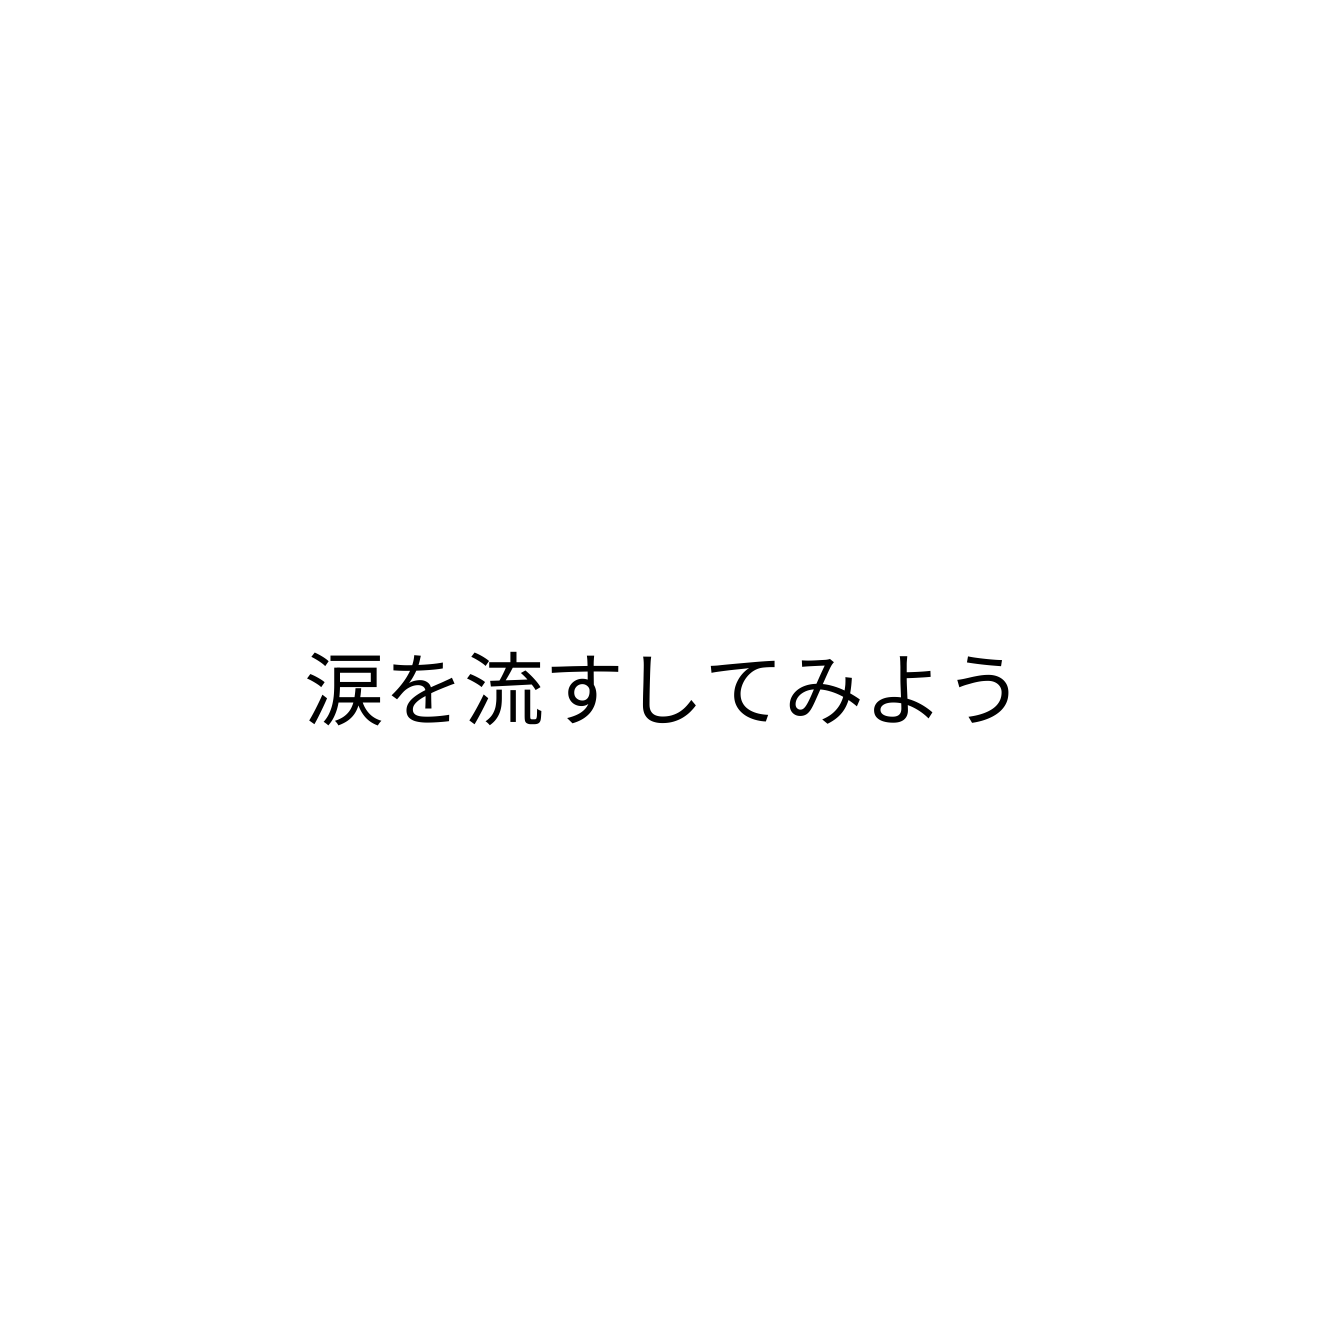
涙を流すしてみよう